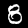
Label: 8